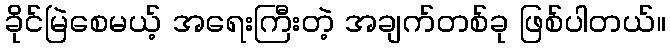
ခိုင်မြဲစေမယ့် အရေးကြီးတဲ့ အချက်တစ်ခု ဖြစ်ပါတယ်။